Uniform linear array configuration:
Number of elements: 32
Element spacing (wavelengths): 0.25
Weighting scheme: uniform
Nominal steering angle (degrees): -60
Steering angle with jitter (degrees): -61.35
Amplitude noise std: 0.05
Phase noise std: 0.05

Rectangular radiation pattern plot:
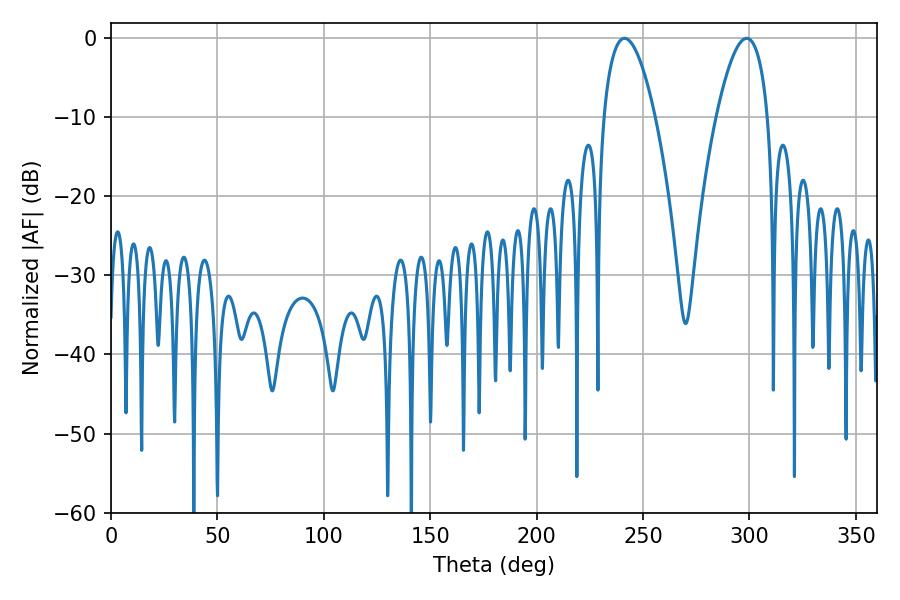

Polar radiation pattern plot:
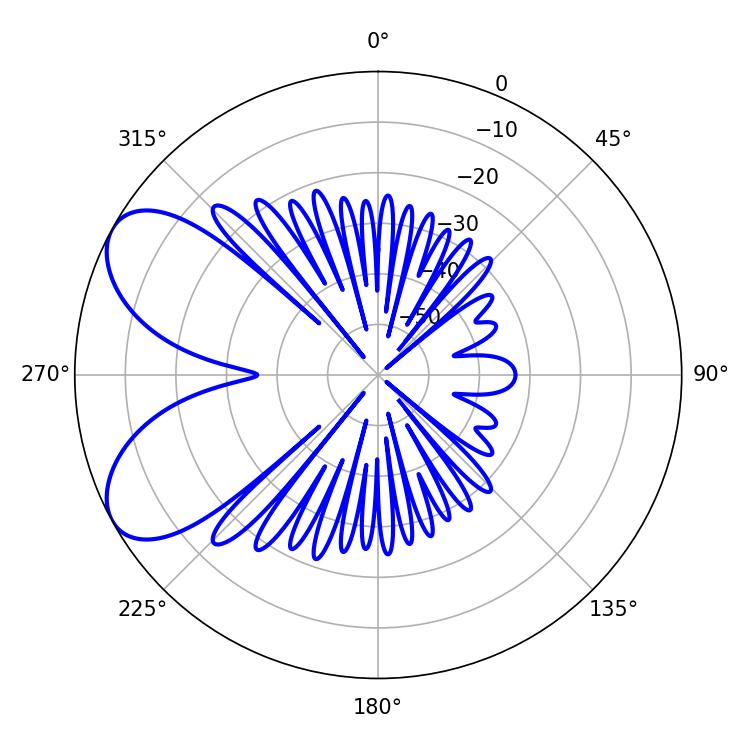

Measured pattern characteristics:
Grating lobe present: FALSE
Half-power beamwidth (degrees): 13.5
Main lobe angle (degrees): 241.38